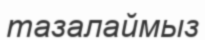
тазалаймыз